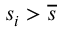
s _ { i } > \overline { { s } }